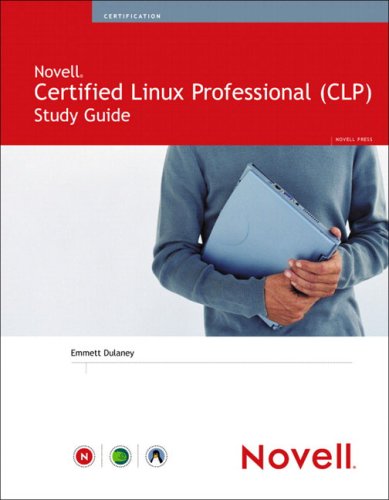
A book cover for Novell Certified Linux Professional Study Guide; Emmett Dulaney; Computers & Technology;